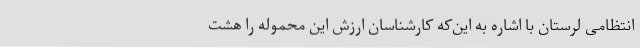
انتظامی لرستان با اشاره به این‌که کارشناسان ارزش این محموله را هشت